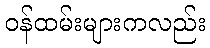
ဝန်ထမ်းများကလည်း